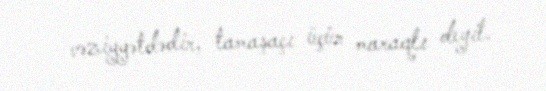
vəziyyətdədir, tamaşaçı üçün maraqlı deyil.